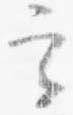
実